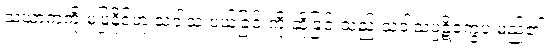
သံဃာ့ကံကို မပြုနိုင်ဟု သံဝါသ ပယ်ခြင်းကို ဆိုခြင်းသည် သံဝါသပ္ပဋိက္ခေပ မည်၏။